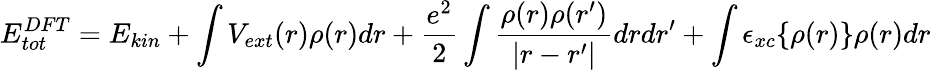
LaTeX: E_{tot}^{DFT}=E_{kin}+\int V_{ext}(r)\rho(r)dr+\frac{e^{2}}{2}\int\frac{\rho(r)\rho(r^{\prime})}{|r-r^{\prime}|}drdr^{\prime}+\int\epsilon_{xc}\{ \rho(r)\} \rho(r)dr